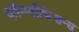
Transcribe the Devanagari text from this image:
कॉम्प्लीकेशन्स